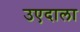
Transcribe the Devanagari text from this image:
उएदाला